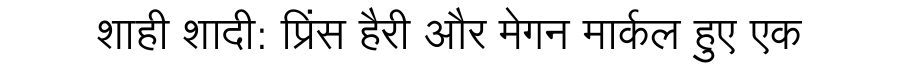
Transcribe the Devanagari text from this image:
शाही शादी: प्रिंस हैरी और मेगन मार्कल हुए एक